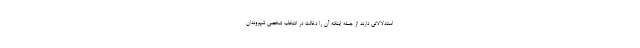
استدلالاتی دارند از جمله اینکه آن را دخالت در انتخاب شخصی شهروندان